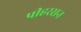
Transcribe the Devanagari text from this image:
पीहरसन